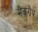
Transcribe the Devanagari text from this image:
मैकग्रैथ